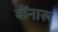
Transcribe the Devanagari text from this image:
बोंनारू